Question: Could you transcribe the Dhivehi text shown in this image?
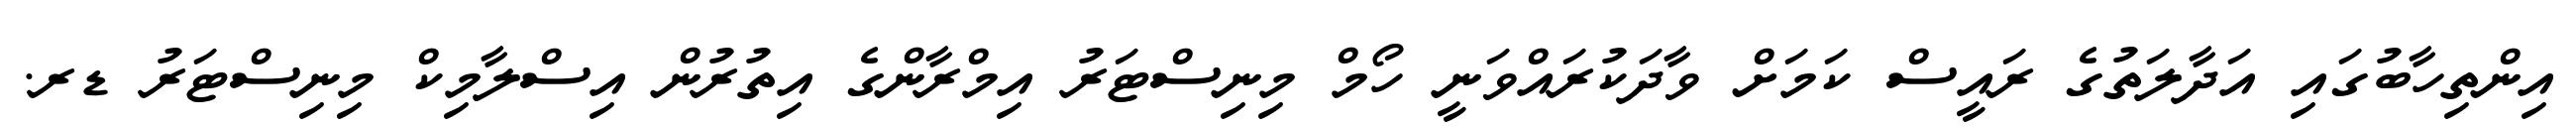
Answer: އިންތިހާބުގައި އަދާލަތުގެ ރައީސް ކަމަށް ވާދަކުރައްވަނީ ހޯމް މިނިސްޓަރު އިމްރާންގެ އިތުރުން އިސްލާމިކް މިނިސްޓަރު ޑރ.